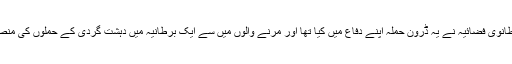
انھوں نے کہا کہ برطانوی فضائیہ نے یہ ڈرون حملہ اپنے دفاع میں کیا تھا اور مرنے والوں میں سے ایک برطانیہ میں دہشت گردی کے حملوں کی منصوبہ بندی کررہا تھا۔